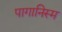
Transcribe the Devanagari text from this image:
पागानिस्म